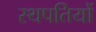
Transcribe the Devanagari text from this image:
स्थपतियों